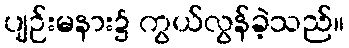
ပျဉ်းမနား၌ ကွယ်လွန်ခဲ့သည်။